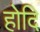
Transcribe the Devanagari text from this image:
होदि